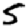
Digit: 5